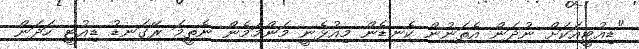
"ޑިއުޓީއަކަށް ނުދަން އެތަނުން ކެނޑެން މިއުޅެނީ މަންމަމެން ނެތީމަ ރޭގަނޑު ޑިއުޓީ ހަދަން